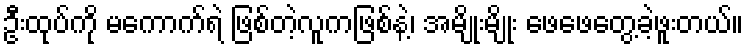
ဦးထုပ်ကို မကောက်ရဲ ဖြစ်တဲ့လူကဖြစ်နဲ့၊ အမျိုးမျိုး ဖေဖေတွေ့ခဲ့ဖူးတယ်။